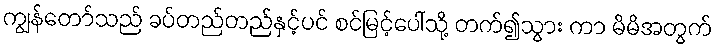
ကျွန်တော်သည် ခပ်တည်တည်နှင့်ပင် စင်မြင့်ပေါ်သို့ တက်၍သွား ကာ မိမိအတွက်